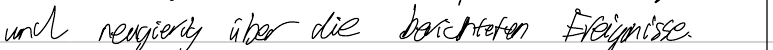
und neugierig über die berichteten Ereignisse.